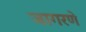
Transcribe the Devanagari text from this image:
जागरणे